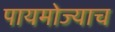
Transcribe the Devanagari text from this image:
पायमोज्याच